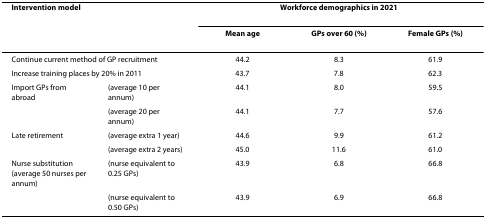
<table><thead><tr><td colspan="2"><b>Intervention model</b></td><td colspan="3"><b>Workforce demographics in 2021</b></td></tr><tr><td colspan="2">[EMPTY_CELL]</td><td><b>Mean age</b></td><td><b>GPs over 60 (%)</b></td><td><b>Female GPs (%)</b></td></tr></thead><tbody><tr><td colspan="2">Continue current method of GP recruitment</td><td>44.2</td><td>8.3</td><td>61.9</td></tr><tr><td colspan="2">Increase training places by 20% in 2011</td><td>43.7</td><td>7.8</td><td>62.3</td></tr><tr><td>Import GPs from abroad</td><td>(average 10 per annum)</td><td>44.1</td><td>8.0</td><td>59.5</td></tr><tr><td>[EMPTY_CELL]</td><td>(average 20 per annum)</td><td>44.1</td><td>7.7</td><td>57.6</td></tr><tr><td>Late retirement</td><td>(average extra 1 year)</td><td>44.6</td><td>9.9</td><td>61.2</td></tr><tr><td>[EMPTY_CELL]</td><td>(average extra 2 years)</td><td>45.0</td><td>11.6</td><td>61.0</td></tr><tr><td>Nurse substitution (average 50 nurses per annum)</td><td>(nurse equivalent to 0.25 GPs)</td><td>43.9</td><td>6.8</td><td>66.8</td></tr><tr><td>[EMPTY_CELL]</td><td>(nurse equivalent to 0.50 GPs)</td><td>43.9</td><td>6.9</td><td>66.8</td></tr></tbody></table>